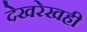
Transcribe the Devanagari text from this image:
देखरेखही